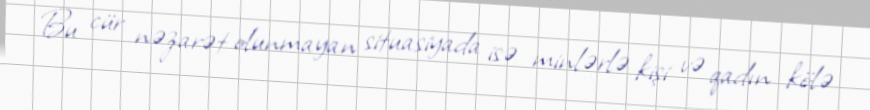
Bu cür nəzarət olunmayan situasiyada isə minlərlə kişi və qadın kölə